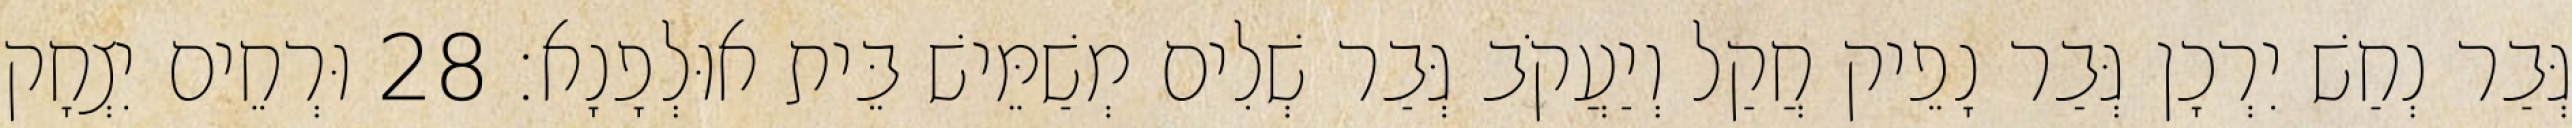
גְּבַר נְחַשׁ יִרְכָן גְּבַר נָפֵיק חֲקַל וְיַעֲקֹב גְּבַר שְׁלִים מְשַׁמֵּישׁ בֵּית אוּלְפָנָא׃ 28 וּרְחֵים יִצְחָק